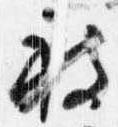
被